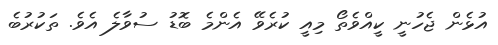
އުޅެން ޖެހުނީ ކީއްވެތޯ މިއީ ކުރެވޭ އެންމެ ބޮޑު ސުވާލެ އެވެ. ތަކުރުބެ